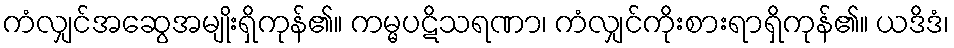
ကံလျှင်အဆွေအမျိုးရှိကုန်၏။ ကမ္မပဋိသရဏာ၊ ကံလျှင်ကိုးစားရာရှိကုန်၏။ ယဒိဒံ၊